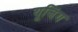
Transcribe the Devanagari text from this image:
यूजिंग